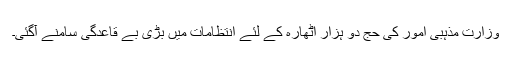
وزارت مذہبی امور کی حج دو ہزار اٹھارہ کے لئے انتظامات میں بڑی بے قاعدگی سامنے آگئی۔